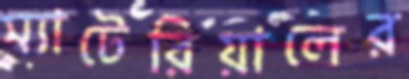
ম্যাটেরিয়ালের